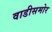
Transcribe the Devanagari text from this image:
वाडीसमोर